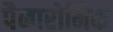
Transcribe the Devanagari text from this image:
पैनारोमिक